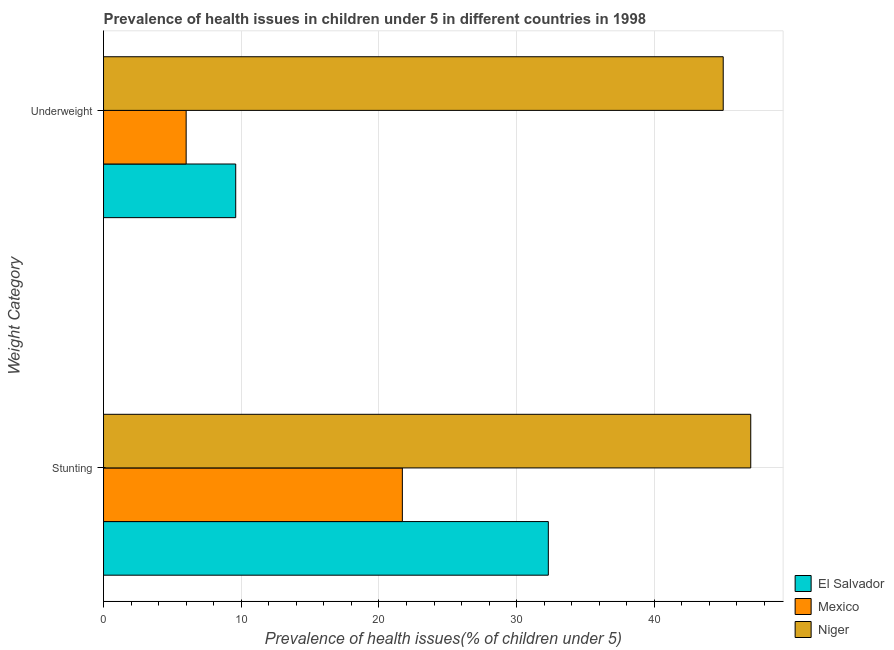
| Weight Category | El Salvador | Mexico | Niger |
 | --- | --- | --- | --- |
 | Stunting | 32.3 | 21.7 | 47 |
 | Underweight | 9.6 | 6 | 45 |